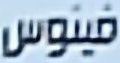
فينوس